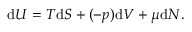
\mathrm { d } U = T \mathrm { d } S + ( - p ) \mathrm { d } V + \mu \mathrm { d } N .